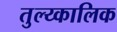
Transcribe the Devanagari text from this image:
तुल्य्कालिक